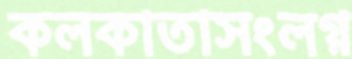
কলকাতাসংলগ্ন